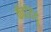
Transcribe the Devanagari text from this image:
केंद्रविंदु